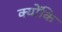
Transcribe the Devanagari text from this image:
क्‍योंकि